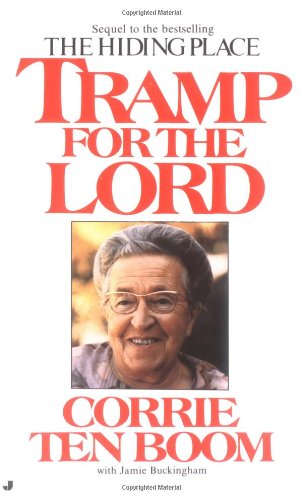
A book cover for Tramp for the Lord; Corrie Ten Boom; Religion & Spirituality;